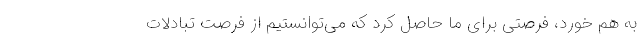
به هم خورد، فرصتی برای ما حاصل کرد که می‌توانستیم از فرصت تبادلات